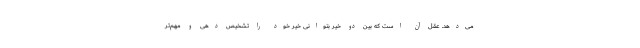
می‌دهد. عقل آن است که بین دو خیر بتوانی خیر خود را تشخیص دهی و مهم‌تر